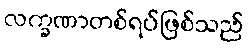
လက္ခဏာတစ်ရပ်ဖြစ်သည်